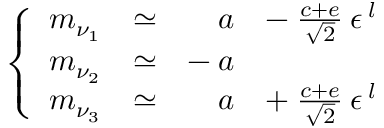
\left\{ \begin{array} { l l r l } { { m _ { \nu _ { 1 } } } } & { { \simeq } } & { { a } } & { { - \: \frac { c + e } { \sqrt { 2 } } \: \epsilon ^ { \: l } } } \\ { { m _ { \nu _ { 2 } } } } & { { \simeq } } & { { - \: a } } & { { } } \\ { { m _ { \nu _ { 3 } } } } & { { \simeq } } & { { a } } & { { + \: \frac { c + e } { \sqrt { 2 } } \: \epsilon ^ { \: l } } } \end{array} \right.